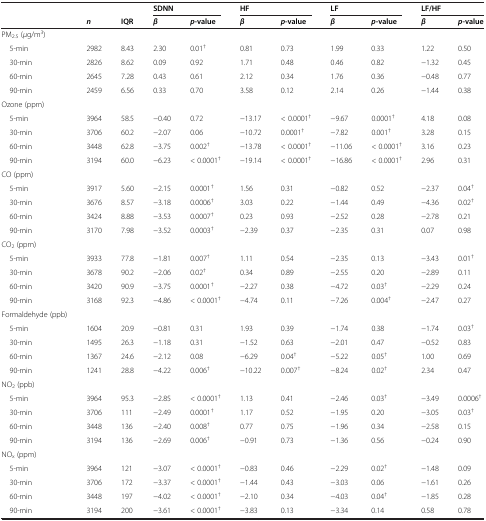
<table><thead><tr><td><b> </b></td><td><b> </b></td><td><b> </b></td><td colspan="2"><b>SDNN</b></td><td colspan="2"><b>HF</b></td><td colspan="2"><b>LF</b></td><td colspan="2"><b>LF/HF</b></td></tr><tr><td><b> </b></td><td><b><i>n</i></b></td><td><b>IQR</b></td><td><b><i>β</i></b></td><td><b><i>p</i>-value</b></td><td><b><i>β</i></b></td><td><b><i>p</i>-value</b></td><td><b><i>β</i></b></td><td><b><i>p</i>-value</b></td><td><b><i>β</i></b></td><td><b><i>p</i>-value</b></td></tr></thead><tbody><tr><td>PM<sub>2.5</sub> (<i>μ</i>g/m<sup>3</sup>)</td><td> </td><td> </td><td> </td><td> </td><td> </td><td> </td><td> </td><td> </td><td> </td><td> </td></tr><tr><td> 5-min</td><td>2982</td><td>8.43</td><td>2.30</td><td>0.01<sup>†</sup></td><td>0.81</td><td>0.73</td><td>1.99</td><td>0.33</td><td>1.22</td><td>0.50</td></tr><tr><td> 30-min</td><td>2826</td><td>8.62</td><td>0.09</td><td>0.92</td><td>1.71</td><td>0.48</td><td>0.46</td><td>0.82</td><td>−1.32</td><td>0.45</td></tr><tr><td> 60-min</td><td>2645</td><td>7.28</td><td>0.43</td><td>0.61</td><td>2.12</td><td>0.34</td><td>1.76</td><td>0.36</td><td>−0.48</td><td>0.77</td></tr><tr><td> 90-min</td><td>2459</td><td>6.56</td><td>0.33</td><td>0.70</td><td>3.58</td><td>0.12</td><td>2.14</td><td>0.26</td><td>−1.44</td><td>0.38</td></tr><tr><td>Ozone (ppm)</td><td> </td><td> </td><td> </td><td> </td><td> </td><td> </td><td> </td><td> </td><td> </td><td> </td></tr><tr><td> 5-min</td><td>3964</td><td>58.5</td><td>−0.40</td><td>0.72</td><td>−13.17</td><td>&lt; 0.0001<sup>†</sup></td><td>−9.67</td><td>0.0001<sup>†</sup></td><td>4.18</td><td>0.08</td></tr><tr><td> 30-min</td><td>3706</td><td>60.2</td><td>−2.07</td><td>0.06</td><td>−10.72</td><td>0.0001<sup>†</sup></td><td>−7.82</td><td>0.001<sup>†</sup></td><td>3.28</td><td>0.15</td></tr><tr><td> 60-min</td><td>3448</td><td>62.8</td><td>−3.75</td><td>0.002<sup>†</sup></td><td>−13.78</td><td>&lt; 0.0001<sup>†</sup></td><td>−11.06</td><td>&lt; 0.0001<sup>†</sup></td><td>3.16</td><td>0.23</td></tr><tr><td> 90-min</td><td>3194</td><td>60.0</td><td>−6.23</td><td>&lt; 0.0001<sup>†</sup></td><td>−19.14</td><td>&lt; 0.0001<sup>†</sup></td><td>−16.86</td><td>&lt; 0.0001<sup>†</sup></td><td>2.96</td><td>0.31</td></tr><tr><td>CO (ppm)</td><td> </td><td> </td><td> </td><td> </td><td> </td><td> </td><td> </td><td> </td><td> </td><td> </td></tr><tr><td> 5-min</td><td>3917</td><td>5.60</td><td>−2.15</td><td>0.0001<sup>†</sup></td><td>1.56</td><td>0.31</td><td>−0.82</td><td>0.52</td><td>−2.37</td><td>0.04<sup>†</sup></td></tr><tr><td> 30-min</td><td>3676</td><td>8.57</td><td>−3.18</td><td>0.0006<sup>†</sup></td><td>3.03</td><td>0.22</td><td>−1.44</td><td>0.49</td><td>−4.36</td><td>0.02<sup>†</sup></td></tr><tr><td> 60-min</td><td>3424</td><td>8.88</td><td>−3.53</td><td>0.0007<sup>†</sup></td><td>0.23</td><td>0.93</td><td>−2.52</td><td>0.28</td><td>−2.78</td><td>0.21</td></tr><tr><td> 90-min</td><td>3170</td><td>7.98</td><td>−3.52</td><td>0.0003<sup>†</sup></td><td>−2.39</td><td>0.37</td><td>−2.35</td><td>0.31</td><td>0.07</td><td>0.98</td></tr><tr><td>CO<sub>2</sub> (ppm)</td><td> </td><td> </td><td> </td><td> </td><td> </td><td> </td><td> </td><td> </td><td> </td><td> </td></tr><tr><td> 5-min</td><td>3933</td><td>77.8</td><td>−1.81</td><td>0.007<sup>†</sup></td><td>1.11</td><td>0.54</td><td>−2.35</td><td>0.13</td><td>−3.43</td><td>0.01<sup>†</sup></td></tr><tr><td> 30-min</td><td>3678</td><td>90.2</td><td>−2.06</td><td>0.02<sup>†</sup></td><td>0.34</td><td>0.89</td><td>−2.55</td><td>0.20</td><td>−2.89</td><td>0.11</td></tr><tr><td> 60-min</td><td>3420</td><td>90.9</td><td>−3.75</td><td>0.0001<sup>†</sup></td><td>−2.27</td><td>0.38</td><td>−4.72</td><td>0.03<sup>†</sup></td><td>−2.29</td><td>0.24</td></tr><tr><td> 90-min</td><td>3168</td><td>92.3</td><td>−4.86</td><td>&lt; 0.0001<sup>†</sup></td><td>−4.74</td><td>0.11</td><td>−7.26</td><td>0.004<sup>†</sup></td><td>−2.47</td><td>0.27</td></tr><tr><td>Formaldehyde (ppb)</td><td> </td><td> </td><td> </td><td> </td><td> </td><td> </td><td> </td><td> </td><td> </td><td> </td></tr><tr><td> 5-min</td><td>1604</td><td>20.9</td><td>−0.81</td><td>0.31</td><td>1.93</td><td>0.39</td><td>−1.74</td><td>0.38</td><td>−1.74</td><td>0.03<sup>†</sup></td></tr><tr><td> 30-min</td><td>1495</td><td>26.3</td><td>−1.18</td><td>0.31</td><td>−1.52</td><td>0.63</td><td>−2.01</td><td>0.47</td><td>−0.52</td><td>0.83</td></tr><tr><td> 60-min</td><td>1367</td><td>24.6</td><td>−2.12</td><td>0.08</td><td>−6.29</td><td>0.04<sup>†</sup></td><td>−5.22</td><td>0.05<sup>†</sup></td><td>1.00</td><td>0.69</td></tr><tr><td> 90-min</td><td>1241</td><td>28.8</td><td>−4.22</td><td>0.006<sup>†</sup></td><td>−10.22</td><td>0.007<sup>†</sup></td><td>−8.24</td><td>0.02<sup>†</sup></td><td>2.34</td><td>0.47</td></tr><tr><td>NO<sub>2</sub> (ppb)</td><td> </td><td> </td><td> </td><td> </td><td> </td><td> </td><td> </td><td> </td><td> </td><td> </td></tr><tr><td> 5-min</td><td>3964</td><td>95.3</td><td>−2.85</td><td>&lt; 0.0001<sup>†</sup></td><td>1.13</td><td>0.41</td><td>−2.46</td><td>0.03<sup>†</sup></td><td>−3.49</td><td>0.0006<sup>†</sup></td></tr><tr><td> 30-min</td><td>3706</td><td>111</td><td>−2.49</td><td>0.0001<sup>†</sup></td><td>1.17</td><td>0.52</td><td>−1.95</td><td>0.20</td><td>−3.05</td><td>0.03<sup>†</sup></td></tr><tr><td> 60-min</td><td>3448</td><td>136</td><td>−2.40</td><td>0.008<sup>†</sup></td><td>0.77</td><td>0.75</td><td>−1.96</td><td>0.34</td><td>−2.58</td><td>0.15</td></tr><tr><td> 90-min</td><td>3194</td><td>136</td><td>−2.69</td><td>0.006<sup>†</sup></td><td>−0.91</td><td>0.73</td><td>−1.36</td><td>0.56</td><td>−0.24</td><td>0.90</td></tr><tr><td>NO<sub>x</sub> (ppm)</td><td> </td><td> </td><td> </td><td> </td><td> </td><td> </td><td> </td><td> </td><td> </td><td> </td></tr><tr><td> 5-min</td><td>3964</td><td>121</td><td>−3.07</td><td>&lt; 0.0001<sup>†</sup></td><td>−0.83</td><td>0.46</td><td>−2.29</td><td>0.02<sup>†</sup></td><td>−1.48</td><td>0.09</td></tr><tr><td> 30-min</td><td>3706</td><td>172</td><td>−3.37</td><td>&lt; 0.0001<sup>†</sup></td><td>−1.44</td><td>0.43</td><td>−3.03</td><td>0.06</td><td>−1.61</td><td>0.26</td></tr><tr><td> 60-min</td><td>3448</td><td>197</td><td>−4.02</td><td>&lt; 0.0001<sup>†</sup></td><td>−2.10</td><td>0.34</td><td>−4.03</td><td>0.04<sup>†</sup></td><td>−1.85</td><td>0.28</td></tr><tr><td> 90-min</td><td>3194</td><td>200</td><td>−3.61</td><td>&lt; 0.0001<sup>†</sup></td><td>−3.83</td><td>0.13</td><td>−3.34</td><td>0.14</td><td>0.58</td><td>0.78</td></tr></tbody></table>